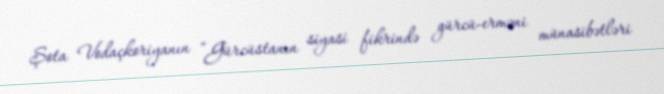
Şota Vodaçkoriyanın “Gürcüstanın siyasi fikrində gürcü-erməni münasibətləri